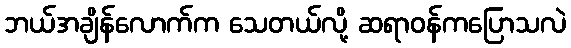
ဘယ်အချိန်လောက်က သေတယ်လို့ ဆရာဝန်ကပြောသလဲ